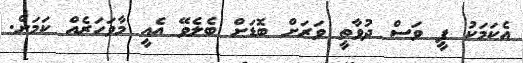
އެކަމަކު ފީ ވަސް ދުވާތީ ވަރަށް ބޮޑަށް ބެލެވޭ އެއީ މާވަހަރެއް ކަމަށް.